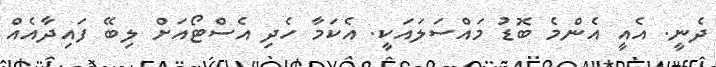
ދެނީ. އެއީ އެންމެ ބޮޑު މައްސަލައަކީ. އެކަމާ ހެދި އެސްޓޯއަށް ލިބޭ ފައިދާއެއް